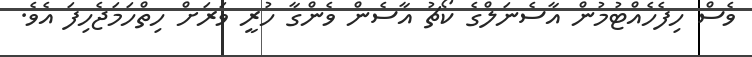
ވެސް ހިފެހެއްޓުމުން އާސެނަލްގެ ކޯޗު އާސެން ވެންގާ ހުރީ ވަރަށް ހިތްހަމަޖެހިފަ އެވެ.